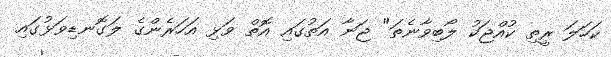
ކަހަލަ ރީތި ކުއްޖަކު ލޯބިވާނެތަ" ޖަނާ އަތުގައި އޮތް ވަޅި އަހަރެންގެ ލަގޮނޑިވަޅުގައި